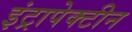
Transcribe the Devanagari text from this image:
इंट्रापेक्टीन